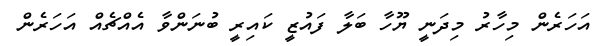
އަހަރެން މިހާރު މިދަނީ ޔޫހާ ބަލާ ފައުޒީ ކައިރީ ބުނަންވާ އެއްޗެއް އަހަރެން